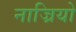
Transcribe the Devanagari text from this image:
नाज्रियो